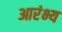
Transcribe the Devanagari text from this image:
आरंभ्य